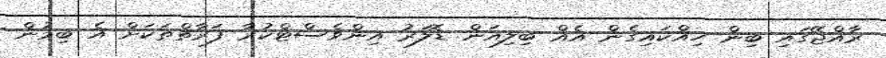
ރާއްޖޭގައި ބިން ހިއްކައިގެން އެއް ބިލިއަން ޑޮލަރު އިންވެސްޓްކުރާ ފަރާތްތަކަށް އެ ބިމުން